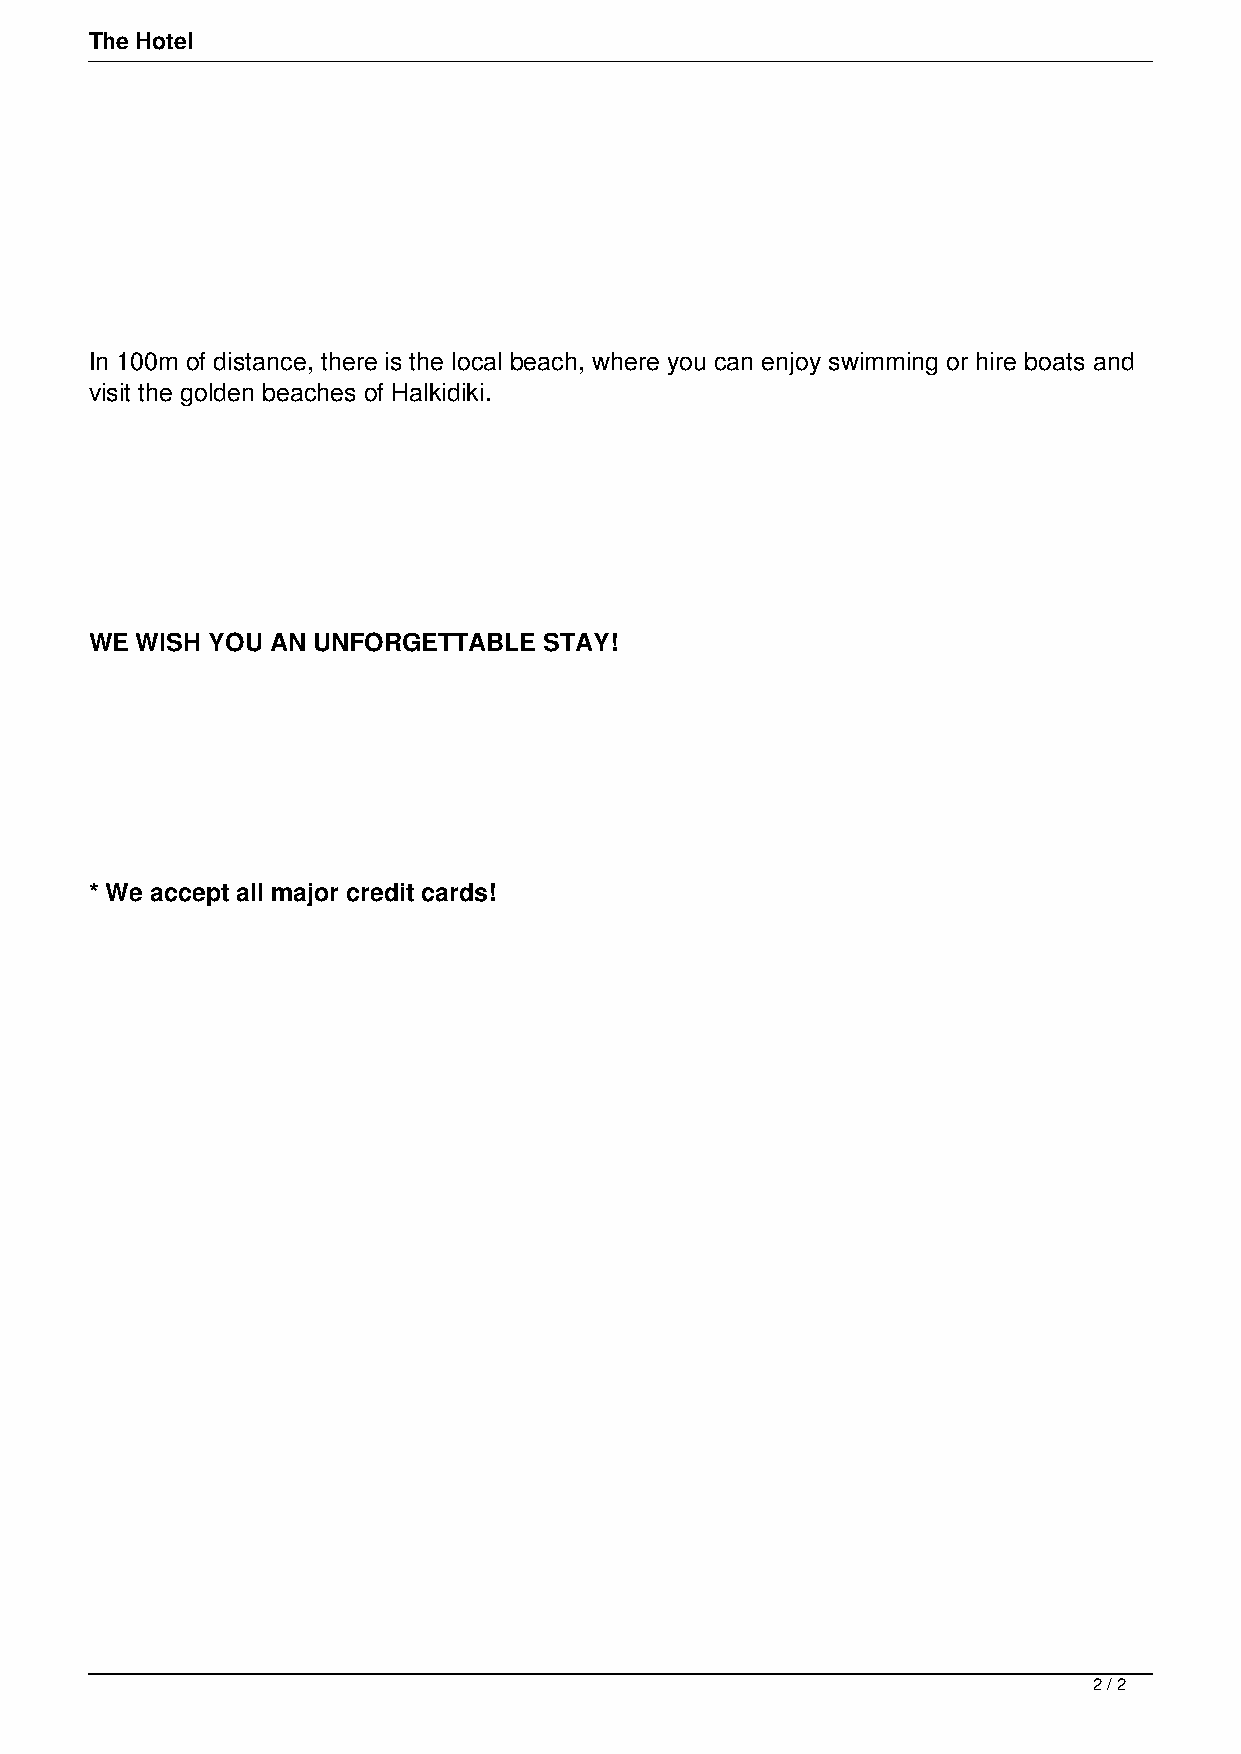
The Hotel
 In 100m of distance, there is the local beach, where you can enjoy swimming or hire boats and
 visit the golden beaches of Halkidiki.
 WE WISH YOU AN UNFORGETTABLE  STAY!
 * We accept all major credit cards!
 2 / 2